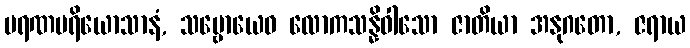
မရဏပရိယောသာနံ, သဗ္ဗောယေဝ လောကသန္နိဝါသော ဇာတိယာ အနုဂတော, ဇရာယ